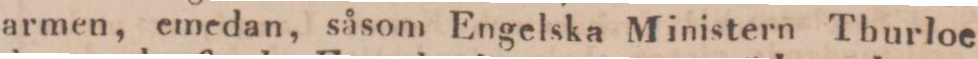
armen, emedan, såsom Engelska Ministern Thurloe